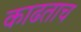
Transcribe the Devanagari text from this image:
काढताच